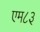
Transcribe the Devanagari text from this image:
एम८३